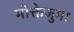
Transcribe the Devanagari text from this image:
मोक्तेजुमा